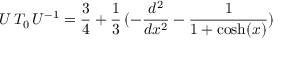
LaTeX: U \, T _ { 0 } \, U ^ { - 1 } = \frac 3 4 + \frac 1 3 \, ( - \frac { d ^ { 2 } } { d x ^ { 2 } } - \frac 1 { 1 + \mathrm { c o s h } ( x ) } )